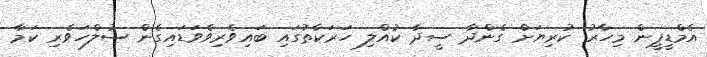
އެމްޑީޕީން މިހާރު ކުރިޔަށް ގެންދާ ސީދާ ކުއްލި ހަރަކާތުގައި ބައިވެރިވެވަޑައިގެން ސުލްހަވެރި ކަމާ